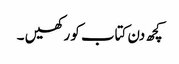
کچھ دن کتاب کو رکھیں ۔